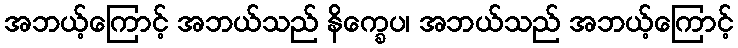
အဘယ့်ကြောင့် အဘယ်သည် နိက္ခေပ၊ အဘယ်သည် အဘယ့်ကြောင့်